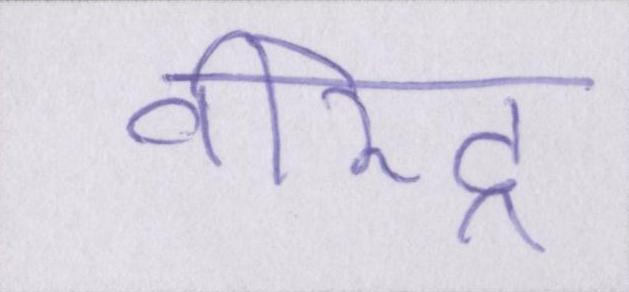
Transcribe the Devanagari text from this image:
वीरेंद्र